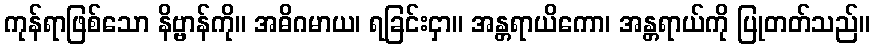
ကုန်ရာဖြစ်သော နိဗ္ဗာန်ကို။ အဓိဂမာယ၊ ရခြင်းငှာ။ အန္တရာယိကော၊ အန္တရာယ်ကို ပြုတတ်သည်။